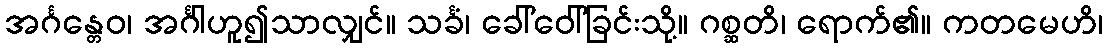
အင်္ဂန္တေဝ၊ အင်္ဂါဟူ၍သာလျှင်။ သင်္ခံ၊ ခေါ်ဝေါ်ခြင်းသို့။ ဂစ္ဆတိ၊ ရောက်၏။ ကတမေဟိ၊